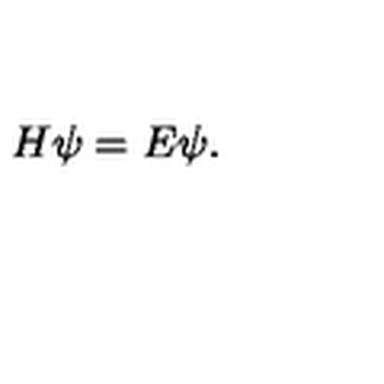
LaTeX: H \psi = E \psi .